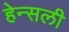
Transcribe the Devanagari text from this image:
हेन्सली